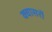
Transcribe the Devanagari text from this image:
क्वासरों